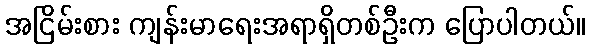
အငြိမ်းစား ကျန်းမာရေးအရာရှိတစ်ဦးက ပြောပါတယ်။